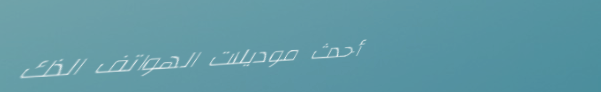
أحدث موديلات الهواتف الذك